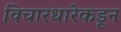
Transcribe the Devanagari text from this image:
विचारधारेकडून